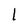
Character: l